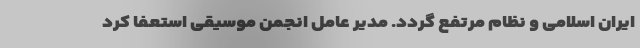
ایران اسلامی و نظام مرتفع گردد. مدیر عامل انجمن موسیقی استعفا کرد